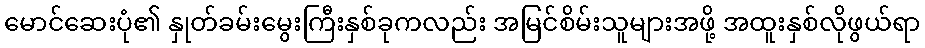
မောင်ဆေးပုံ၏ နှုတ်ခမ်းမွေးကြီးနှစ်ခုကလည်း အမြင်စိမ်းသူများအဖို့ အထူးနှစ်လိုဖွယ်ရာ